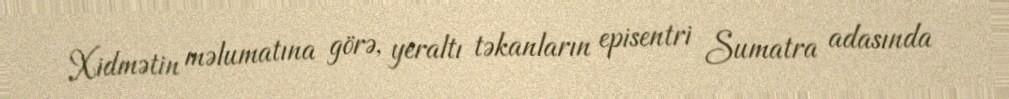
Xidmətin məlumatına görə, yeraltı təkanların episentri Sumatra adasında